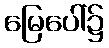
မြေပေါ်၌